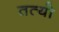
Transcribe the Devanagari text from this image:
तत्यो